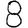
Digit: 8